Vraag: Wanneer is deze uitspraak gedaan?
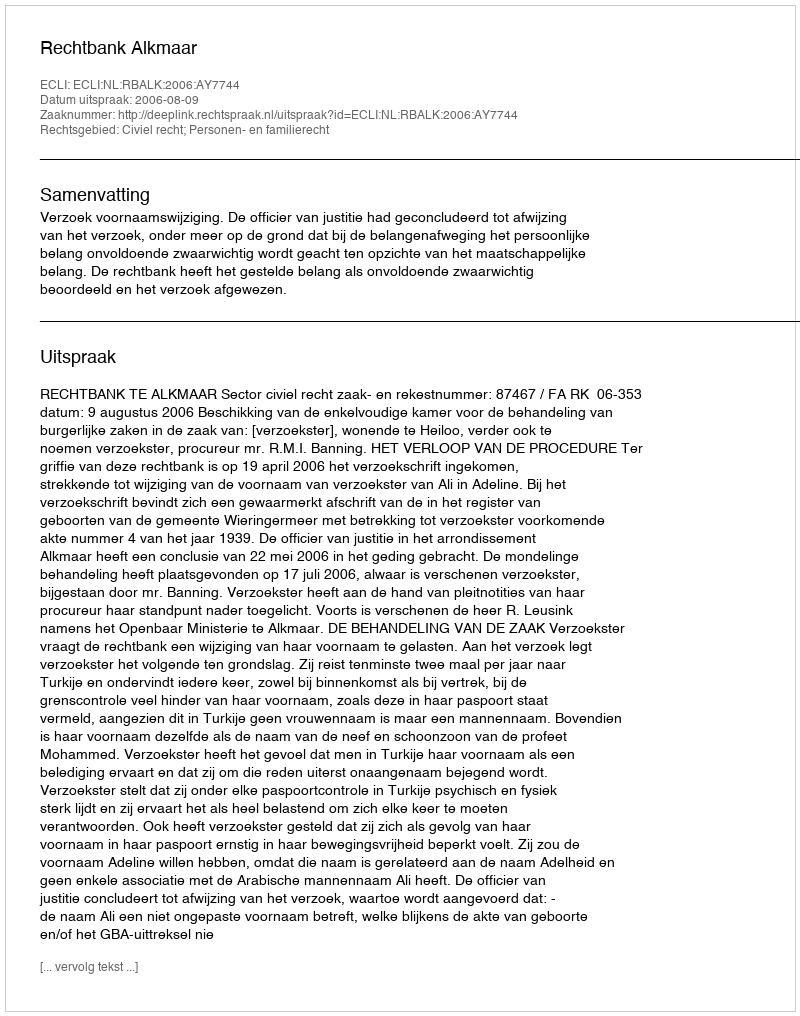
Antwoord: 2006-08-09